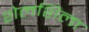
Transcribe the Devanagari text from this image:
शेलशिला